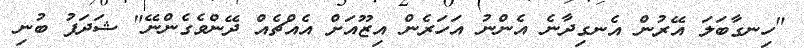
"ހިނގާބަލަ އޭރުން އެނގިދާނެ އެންނު އަހަރެން އިޒޫއަށް އެއްޗެއް ދޭންވެގެންނޭ" ޝަދަފު ބުނި